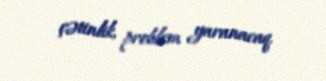
çətinlik, problem yaranacaq.